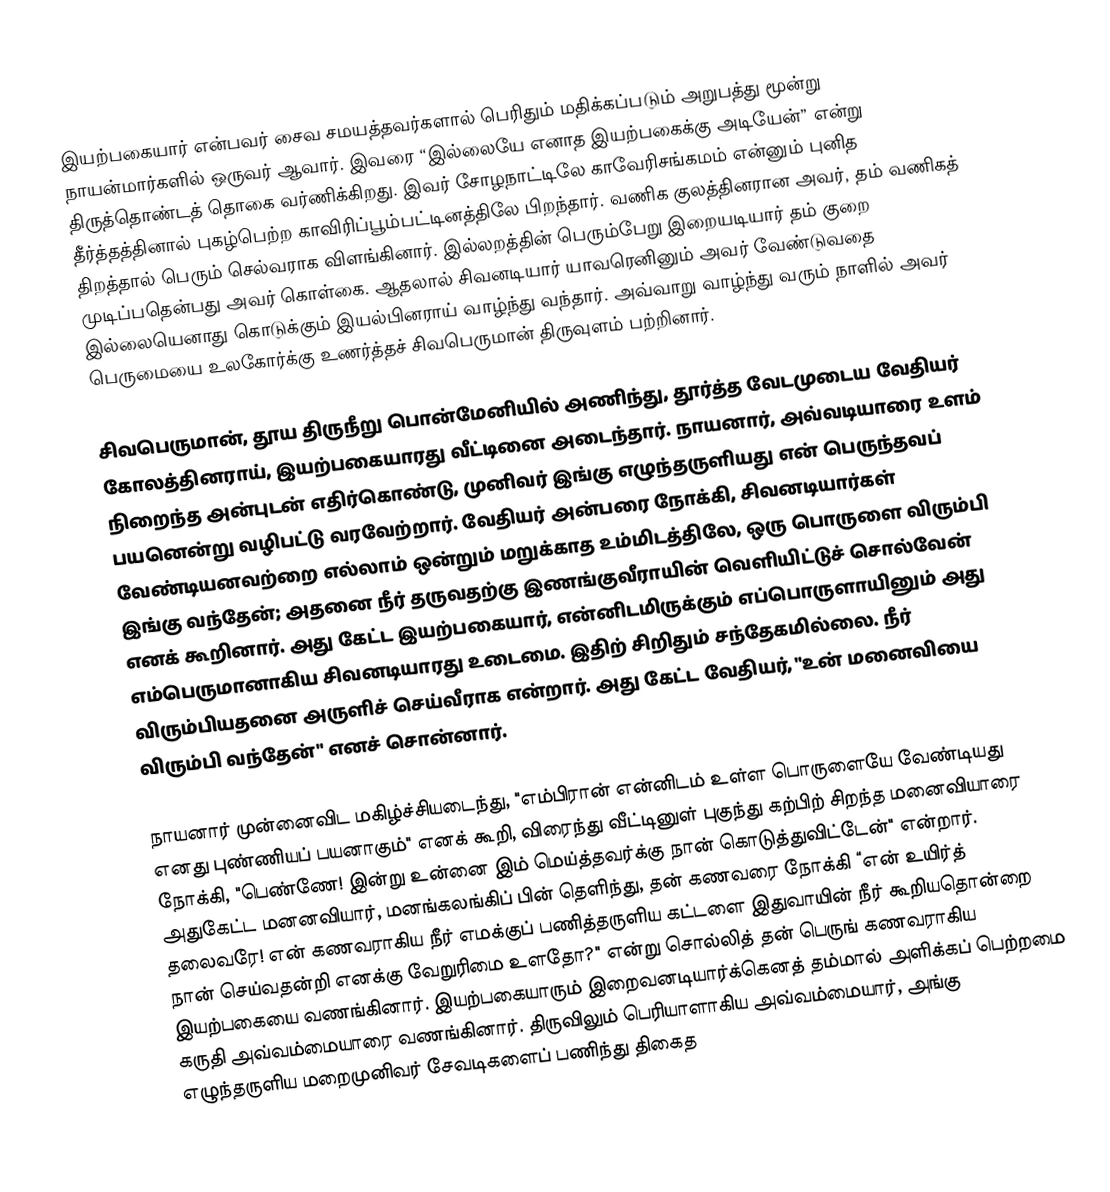
இயற்பகையார் என்பவர் சைவ சமயத்தவர்களால் பெரிதும் மதிக்கப்படும் அறுபத்து மூன்று நாயன்மார்களில் ஒருவர் ஆவார். இவரை “இல்லையே எனாத இயற்பகைக்கு அடியேன்”  என்று திருத்தொண்டத் தொகை வர்ணிக்கிறது.  இவர் சோழநாட்டிலே காவேரிசங்கமம் என்னும் புனித தீர்த்தத்தினால் புகழ்பெற்ற காவிரிப்பூம்பட்டினத்திலே பிறந்தார். வணிக குலத்தினரான அவர், தம் வணிகத் திறத்தால் பெரும் செல்வராக விளங்கினார். இல்லறத்தின் பெரும்பேறு இறையடியார் தம் குறை முடிப்பதென்பது அவர் கொள்கை. ஆதலால் சிவனடியார் யாவரெனினும் அவர் வேண்டுவதை இல்லையெனாது கொடுக்கும் இயல்பினராய் வாழ்ந்து வந்தார். அவ்வாறு வாழ்ந்து வரும் நாளில் அவர் பெருமையை உலகோர்க்கு உணர்த்தச் சிவபெருமான் திருவுளம் பற்றினார்.

சிவபெருமான், தூய திருநீறு பொன்மேனியில் அணிந்து, தூர்த்த வேடமுடைய வேதியர் கோலத்தினராய், இயற்பகையாரது வீட்டினை அடைந்தார். நாயனார், அவ்வடியாரை உளம் நிறைந்த அன்புடன் எதிர்கொண்டு, முனிவர் இங்கு எழுந்தருளியது என் பெருந்தவப் பயனென்று வழிபட்டு வரவேற்றார். வேதியர் அன்பரை நோக்கி, சிவனடியார்கள் வேண்டியனவற்றை எல்லாம் ஒன்றும் மறுக்காத உம்மிடத்திலே, ஒரு பொருளை விரும்பி இங்கு வந்தேன்; அதனை நீர் தருவதற்கு இணங்குவீராயின் வெளியிட்டுச் சொல்வேன் எனக் கூறினார். அது கேட்ட இயற்பகையார், என்னிடமிருக்கும் எப்பொருளாயினும் அது எம்பெருமானாகிய சிவனடியாரது உடைமை. இதிற் சிறிதும் சந்தேகமில்லை. நீர் விரும்பியதனை அருளிச் செய்வீராக என்றார். அது கேட்ட வேதியர், "உன் மனைவியை விரும்பி வந்தேன்" எனச் சொன்னார்.

நாயனார் முன்னைவிட மகிழ்ச்சியடைந்து, "எம்பிரான் என்னிடம் உள்ள பொருளையே வேண்டியது எனது புண்ணியப் பயனாகும்" எனக் கூறி, விரைந்து வீட்டினுள் புகுந்து கற்பிற் சிறந்த மனைவியாரை நோக்கி, "பெண்ணே! இன்று உன்னை இம் மெய்த்தவர்க்கு நான் கொடுத்துவிட்டேன்" என்றார். அதுகேட்ட மனனவியார், மனங்கலங்கிப் பின் தெளிந்து, தன் கணவரை நோக்கி “என் உயிர்த் தலைவரே! என் கணவராகிய நீர் எமக்குப் பணித்தருளிய கட்டளை இதுவாயின் நீர் கூறியதொன்றை நான் செய்வதன்றி எனக்கு வேறுரிமை உளதோ?" என்று சொல்லித் தன் பெருங் கணவராகிய இயற்பகையை வணங்கினார். இயற்பகையாரும் இறைவனடியார்க்கெனத் தம்மால் அளிக்கப் பெற்றமை கருதி அவ்வம்மையாரை வணங்கினார். திருவிலும் பெரியாளாகிய அவ்வம்மையார், அங்கு எழுந்தருளிய மறைமுனிவர் சேவடிகளைப் பணிந்து திகைத